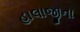
હાલાજીના